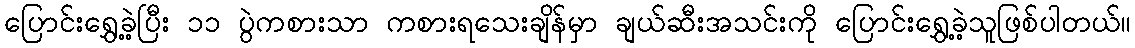
ပြောင်းရွှေ့ခဲ့ပြီး ၁၁ ပွဲကစားသာ ကစားရသေးချိန်မှာ ချယ်ဆီးအသင်းကို ပြောင်းရွှေ့ခဲ့သူဖြစ်ပါတယ်။